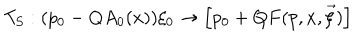
LaTeX: T _ { S } : ( p _ { 0 } - Q A _ { 0 } ( x ) ) \xi _ { 0 } \rightarrow \Big [ p _ { 0 } + Q F ( p , x , \vec { \xi } ) \Big ]